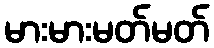
မားမားမတ်မတ်